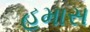
હમાસ